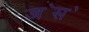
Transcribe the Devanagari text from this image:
ज॓स॓